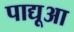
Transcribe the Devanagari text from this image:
पाद्यूआ